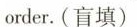
order.(盲填)